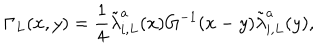
LaTeX: \Gamma _ { L } ( x , y ) = \frac { 1 } { 4 } \tilde { \lambda } _ { i , L } ^ { a } ( x ) G ^ { - 1 } ( x - y ) \tilde { \lambda } _ { i , L } ^ { a } ( y ) ,